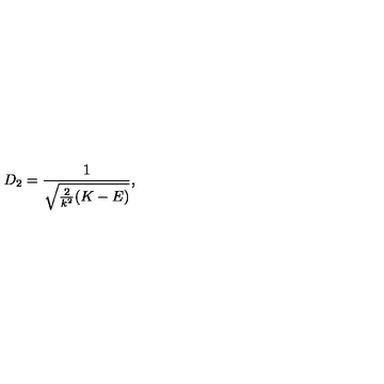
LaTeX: D _ { 2 } = \frac { 1 } { \sqrt { \frac { 2 } { k ^ { 2 } } ( K - E ) } } ,